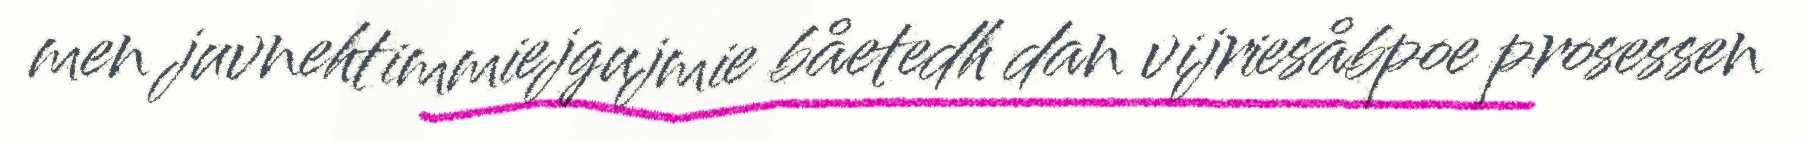
men juvnehtimmiejgujmie båetedh dan vijriesåbpoe prosessen